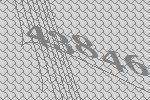
43846